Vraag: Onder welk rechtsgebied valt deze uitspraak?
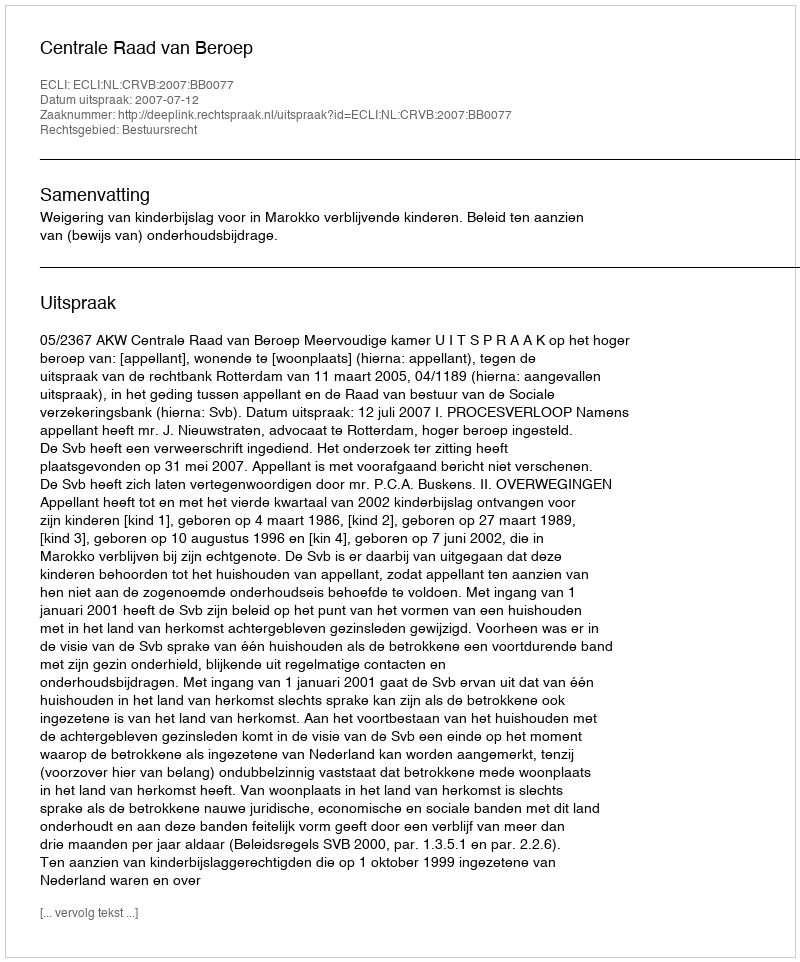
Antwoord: Bestuursrecht